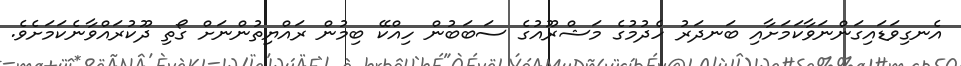
އެނގިވަޑައިގަންނަވާކަމަށާއި ބަނދަރު ހެދުމުގެ މަޝްރޫއުގެ ސަބަބުން ހިއްކޭ ބިމުން ރައްޔިތުންނަށް ގޯތި ދޫކުރައްވާނެކަމަށެވެ.